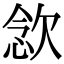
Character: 𣣈